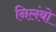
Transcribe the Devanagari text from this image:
निलंबो